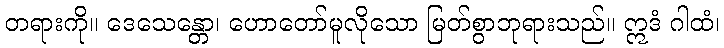
တရားကို။ ဒေသေန္တော၊ ဟောတော်မူလိုသော မြတ်စွာဘုရားသည်။ ဣဒံ ဂါထံ၊